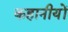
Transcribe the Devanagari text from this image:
कहानीयों